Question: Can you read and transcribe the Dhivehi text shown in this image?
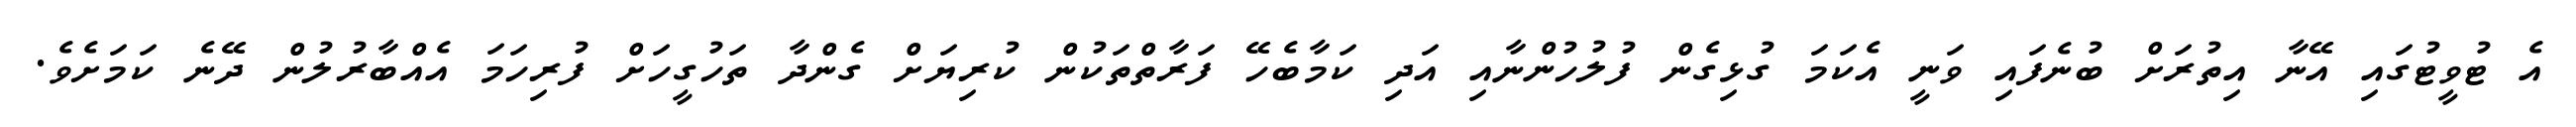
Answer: އެ ޓުވީޓުގައި އޭނާ އިތުރަށް ބުނެފައި ވަނީ އެކަމަ ގުޅިގެން ފުލުހުންނާއި އަދި ކަމާބެހޭ ފަރާތްތަކުން ކުރިޔަށް ގެންދާ ތަހުގީހަށް ފުރިހަމަ އެއްބާރުލުން ދޭނެ ކަމަށެވެ.